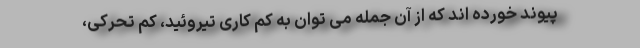
پیوند خورده اند که از آن جمله می توان به کم کاری تیروئید، کم تحرکی،